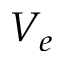
V _ { e }